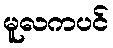
မူလကပင်